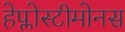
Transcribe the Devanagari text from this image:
हेप्लोस्टीमोनस